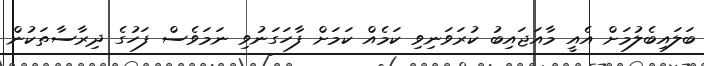
ބަލައިބެލުމަށް އެއީ މާއަޖައިބު ކުރަވަނިވި ކަމެއް ކަމަށް ފާހަގަނުވި ނަމަވެސް ފަހުގެ ދިރާސާތަކުން